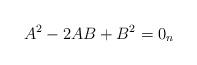
LaTeX: \begin{align*} A^2-2AB+B^2=0_n \end{align*}